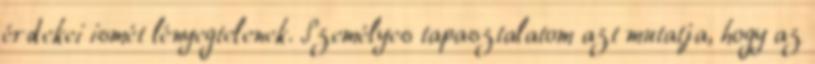
érdekei ismét lényegtelenek. Személyes tapasztalatom azt mutatja, hogy az